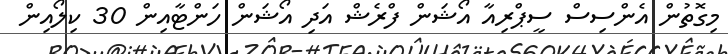
މިގޮތުން އެންސިސް ސީޕްރިއާ އޯޝަން ފްރެޝް އަދި އޯޝަން ހަންޓާއިން 30 ކިލޯއިން